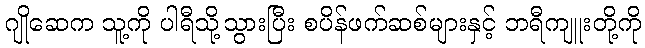
ဂျိုဆေက သူ့ကို ပါရီသို့သွားပြီး စပိန်ဖက်ဆစ်များနှင့် ဘရီကျူးတို့ကို